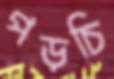
পড়চি